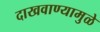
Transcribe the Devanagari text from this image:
दाखवाण्यामुळे